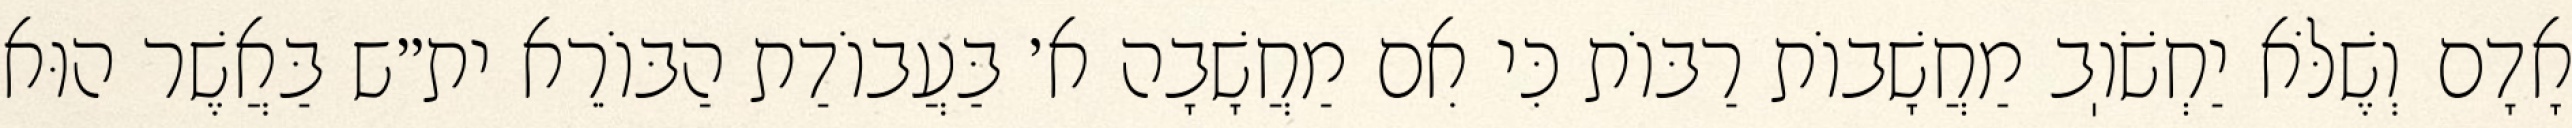
אָדָם וְשֶׁלֹּא יַחְשֹׁוֽב מַחֲשָׁבוֹת רַבּוֹת כִּי אִם מַחֲשָׁבָה א׳ בַּעֲבוֹדַת הַבּוֹרֵא ית״ש בַּאֲשֶׁר הוּא